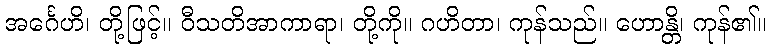
အင်္ဂေဟိ၊ တို့ဖြင့်။ ဝီသတိအာကာရာ၊ တို့ကို။ ဂဟိတာ၊ ကုန်သည်။ ဟောန္တိ၊ ကုန်၏။